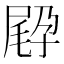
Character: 𡥸